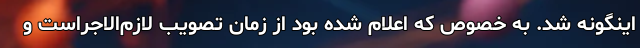
اینگونه شد. به خصوص که اعلام شده بود از زمان تصویب لازم‌الاجراست و